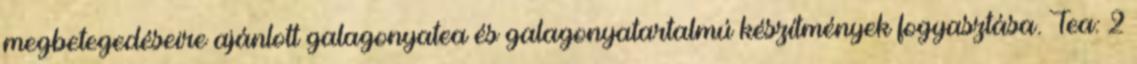
megbetegedéseire ajánlott galagonyatea és galagonyatartalmú készítmények fogyasztása. Tea: 2